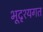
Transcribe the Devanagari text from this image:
भूदृश्यगत